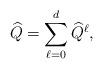
LaTeX: \begin{align*} \widehat{Q} = \sum_{\ell = 0}^{d} \widehat{Q}^{\ell} ,\end{align*}